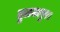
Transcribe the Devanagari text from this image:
तुलजापुर।